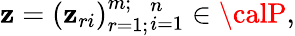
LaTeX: \mathbf{z}=(\mathbf{z}_{ri})_{r=1;}^{m;}{}_{i=1}^{n}\in{\calP},